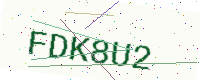
Text: FDK8U2